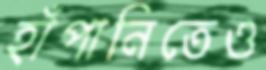
হাঁপানিতেও